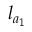
l _ { a _ { 1 } }